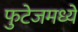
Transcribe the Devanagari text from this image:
फुटेजमध्ये